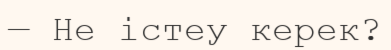
— Не істеу керек?